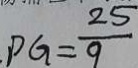
P G = \frac { 2 5 } { 9 }